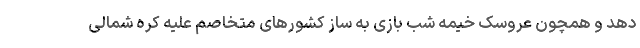
دهد و همچون عروسک خیمه شب بازی به ساز کشورهای متخاصم علیه کره شمالی